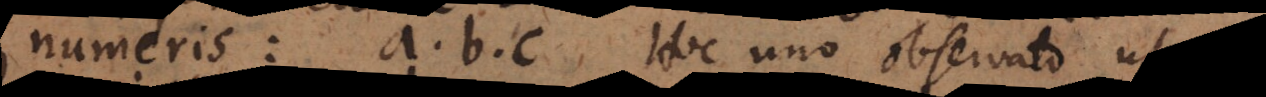
numeris: a, b, c. Hoc uno observato ut